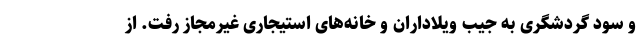
و سود گردشگری به جیب ویلاداران و خانه‌های استیجاری غیرمجاز رفت. از